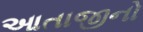
આતાજીનો